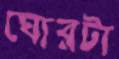
ঘোরটা